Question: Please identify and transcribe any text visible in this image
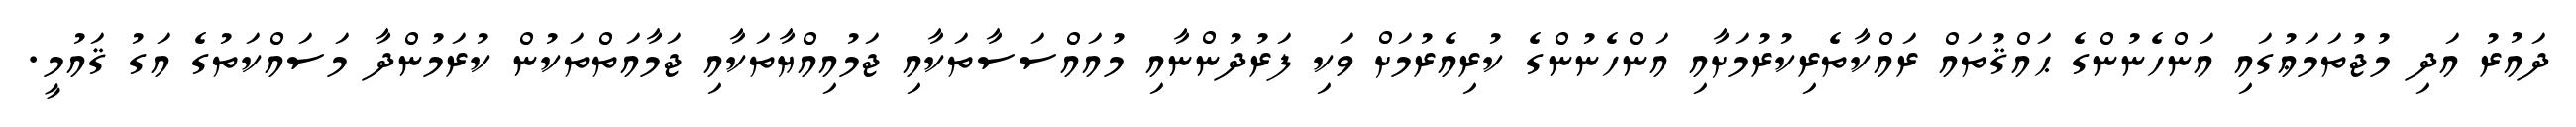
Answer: ދައުރު އަދި މުޖުތަމަޢުގައި އަންހެނުންގެ ޙައްޤުތައް ރައްކާތެރިކުރުމަށާއި އަންހެނުންގެ ކުރިއެރުމަށް ވަކި ފަރުދުންނާއި މުއައްސަސާތަކާއި ޖަމުއިއްޔާތަކާއި ޖަމާއަތްތަކުން ކުރަމުންދާ މަސައްކަތުގެ އަގު ޤައުމީ.